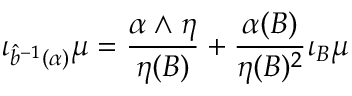
\iota _ { \hat { b } ^ { - 1 } ( \alpha ) } \mu = \frac { \alpha \wedge \eta } { \eta ( B ) } + \frac { \alpha ( B ) } { \eta ( B ) ^ { 2 } } \iota _ { B } \mu